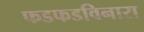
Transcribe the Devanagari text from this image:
फडफडविनारा